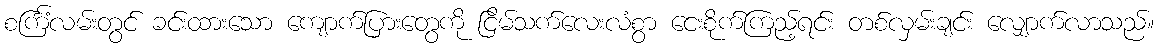
စင်္ကြံလမ်းတွင် ခင်းထားသော ကျောက်ပြားတွေကို ငြိမ်သက်လေးလံစွာ ငေးစိုက်ကြည့်ရင်း တစ်လှမ်းချင်း လျှောက်လာသည်။